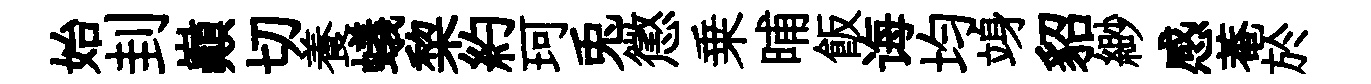
始刲巔切養蟻棃約珂兎懲乗晡飯诲均竧貂緲感菴於